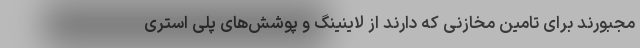
مجبورند برای تامین مخازنی که دارند از لاینینگ و پوشش‌های پلی استری